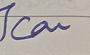
Signature authenticity: forged